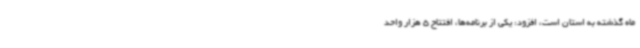
ماه گذشته به استان است، افزود: یکی از برنامه‌ها، افتتاح 5 هزار واحد